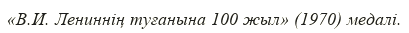
«В.И. Лениннің туғанына 100 жыл» (1970) медалі.